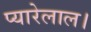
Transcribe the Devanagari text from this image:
प्यारेलाल।